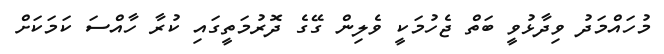
މުހައްމަދު ވިދާޅުވީ ބަތް ޖެހުމަކީ ވެލިން ގޭގެ ދޮރުމަތީގައި ކުރާ ހާއްސަ ކަމަކަށް